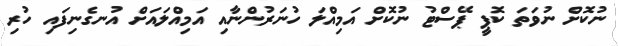
ނުކޮށް ނުވަތަ ކޮޕީ ޕޭސްޓު ނުކޮށް އަމިއްލަ ހުނަރުންނާއި އަމިއްލައަށް އުނގެނިފައި ހުރި